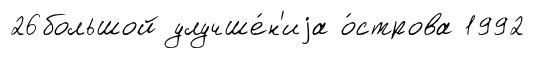
26большой улучше́н'иjа о́строва 1992